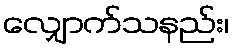
လျှောက်သနည်း၊